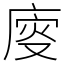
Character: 廀